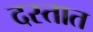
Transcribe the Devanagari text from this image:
दस्तात